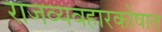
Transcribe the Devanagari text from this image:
राजव्यवहारकोषात